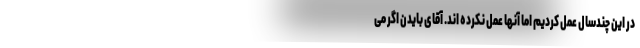
در این چندسال عمل کردیم اما آنها عمل نکرده اند. آقای بایدن اگر می